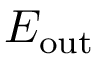
E _ { \mathrm { o u t } }